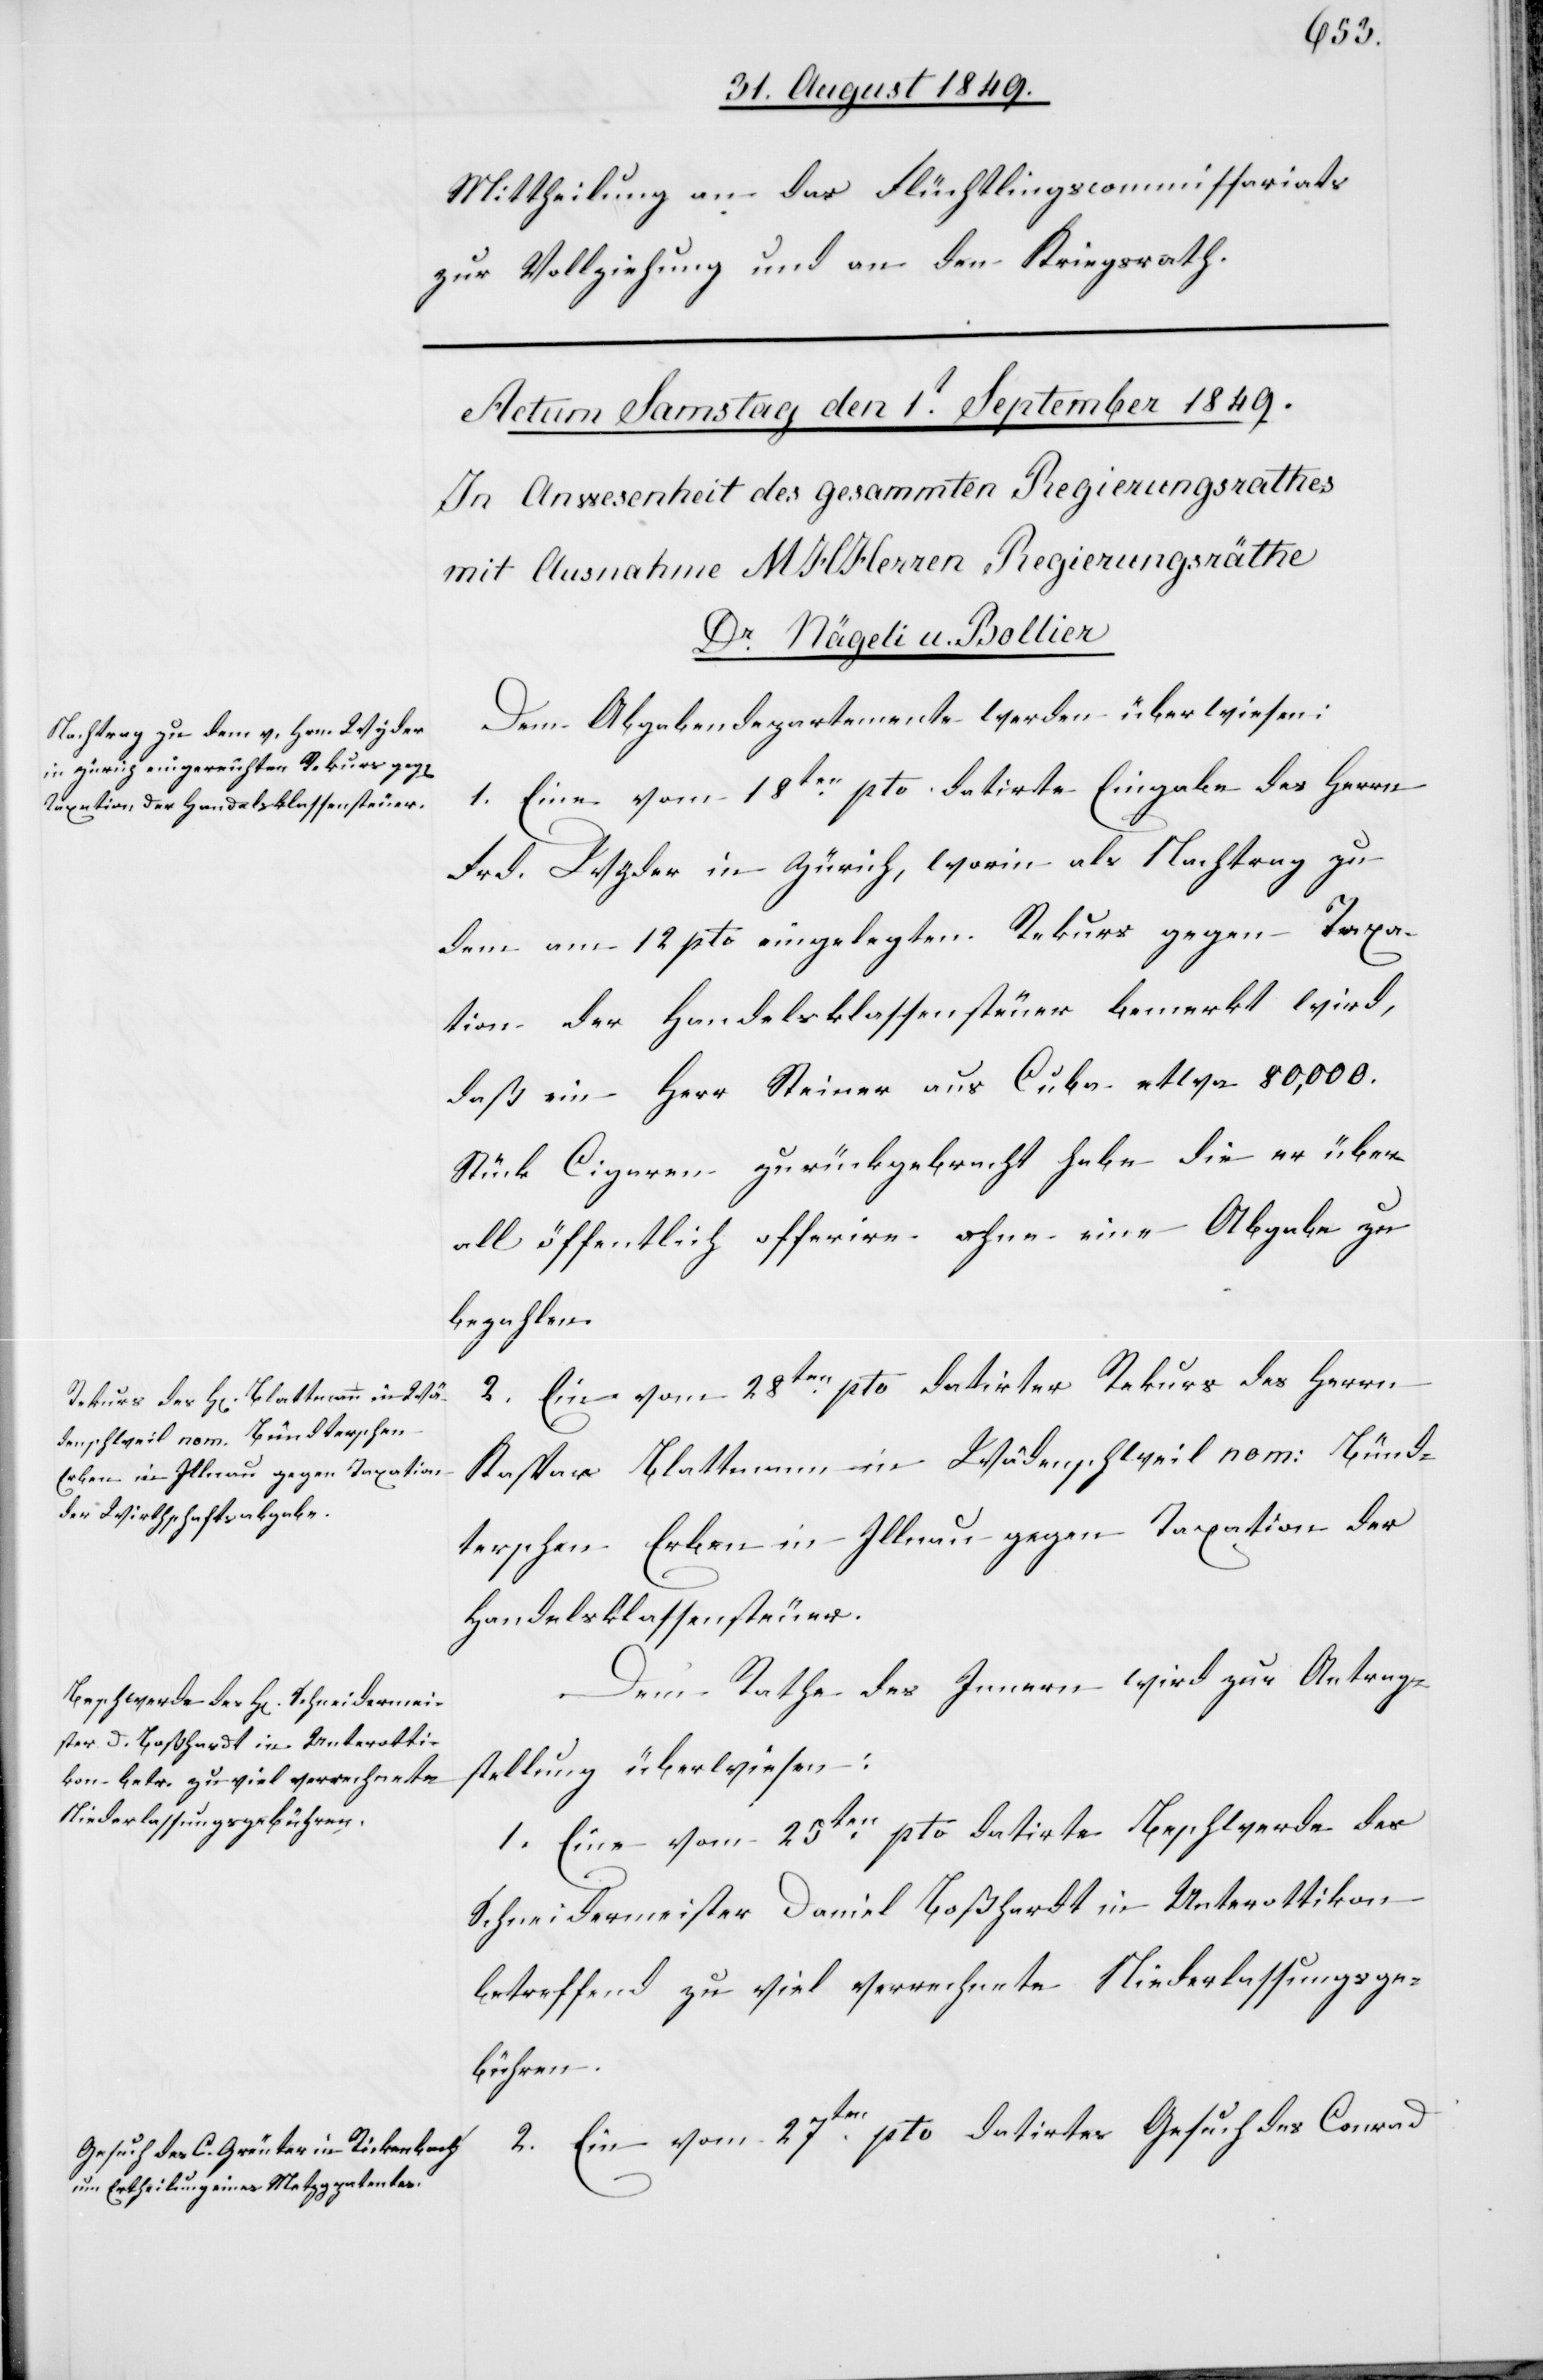
Mittheilung an das Flüchtlingscommissariats
zur Vollziehung und an den Kriegsrath.
Dem Abgabendepartement werden überwiesen:
1. Eine vom 18ten pto. datirte Eingabe des Herrn
Frd. Wyder in Zürich, worin als Nachtrag zu
dem am 12 pto eingelegten Rekurs gegen Taxa¬
tion der Handelsklassensteuer bemerkt wird,
daß ein Herr Steiner aus Cuba etwa 80,000.
Stück Cigaren zurückgebracht habe die er über¬
all öffentlich offerire ohne eine Abgabe zu
bezahlen.
2. ein vom 28ten pto datirter Rekurs des Herrn
Kaspar Blattmann in Wädenschweil nom: Bünd¬
terschen Erben in Illnau gegen Taxation der
Handelsklassensteuer.
Dem Rathe des Innern wird zur Antrag¬
stellung überwiesen:
1. Eine vom 25ten pto datirte Beschwerde des
Schneidermeister Daniel Boßhardt in Unterottikon
betreffend zu viel verrechnete Niederlassungsge¬
bühren.
2. Ein vom 27ten pto datirtes Gesuch des Conrad